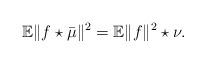
LaTeX: \begin{align*} \mathbb E \|f\star\bar{\mu}\|^2 = \mathbb E \|f\|^2 \star \nu. \end{align*}